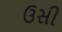
ઉસી